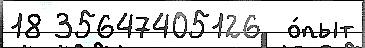
18 35647405126  о́пыт